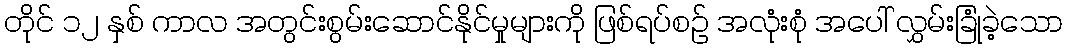
တိုင် ၁၂ နှစ် ကာလ အတွင်းစွမ်းဆောင်နိုင်မှုများကို ဖြစ်ရပ်စဉ် အလုံးစုံ အပေါ် လွှမ်းခြုံခဲ့သော